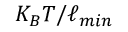
K _ { B } T / \ell _ { m i n }